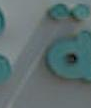
.